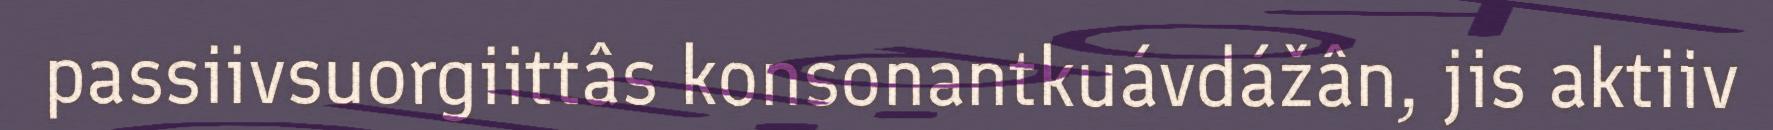
passiivsuorgiittâs konsonantkuávdážân, jis aktiiv